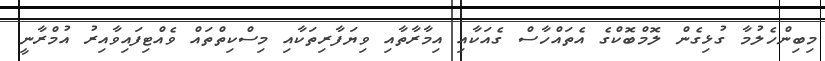
މިބިންހެލުމާ ގުޅިގެން ލޮމްބޮކްގެ އެތައްހާސް ގެއަކާއި އިމާރާތާއި ވިޔަފާރިތަކާއި މިސްކިތްތައް ވެއްޓިފައިވާއިރު އުމްރާނީ